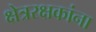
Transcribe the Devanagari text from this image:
क्षेत्ररक्षकांना